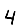
Digit: 4